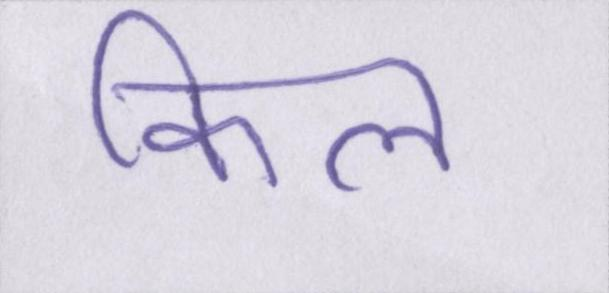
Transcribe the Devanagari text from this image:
किल